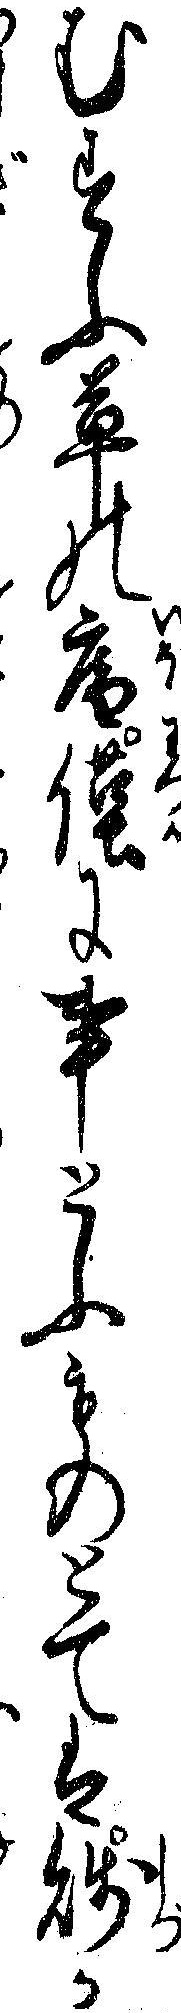
むすふ草の庵僅に事とふものとては賎か